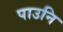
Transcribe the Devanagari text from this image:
पाउनि